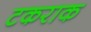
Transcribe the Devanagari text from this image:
टकराक